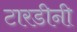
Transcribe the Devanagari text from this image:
टारडीनी